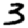
Digit: 3